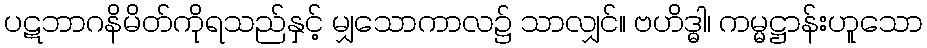
ပဋဘာဂနိမိတ်ကိုရသည်နှင့် မျှသောကာလ၌ သာလျှင်။ ဗဟိဒ္ဓါ၊ ကမ္မဋ္ဌာန်းဟူသော